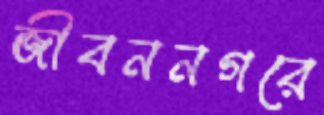
জীবননগরে